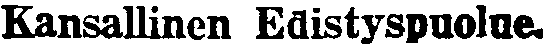
Kansallinen Edistyspuolue.